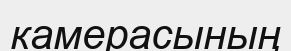
камерасының